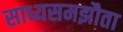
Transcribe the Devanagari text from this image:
साध्यसमझौता